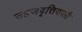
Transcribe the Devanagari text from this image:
सहजवृत्तिवाली